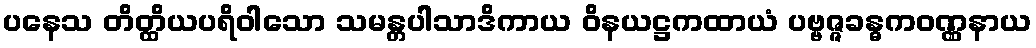
ပနေသ တိတ္ထိယပရိဝါသော သမန္တပါသာဒိကာယ ဝိနယဋ္ဌကထာယံ ပဗ္ဗဇ္ဇခန္ဓကဝဏ္ဏနာယ